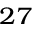
^ { 2 7 }